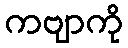
ကဗျာကို